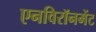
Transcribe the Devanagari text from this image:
एनविरॉनमेंट